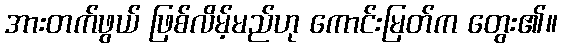
အားတက်ဖွယ် ဖြစ်လိမ့်မည်ဟု ကောင်းမြတ်က တွေး၏။